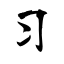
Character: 习